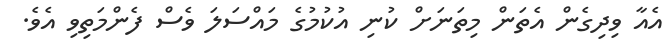
އެއާ ވިދިގެން އެތަން މިތަނަށް ކުނި އުކުމުގެ މައްސަލަ ވެސް ފެންމަތިވި އެވެ.